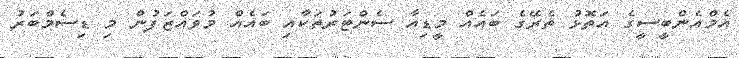
އެމްއެންބީސީގެ އަތޮޅު ތެރޭގެ ބައެއް މީޑިއާ ސެންޓަރުތަކާއި ބައެއް މުވައްޒަފުން މި ޑިސެމްބަރު